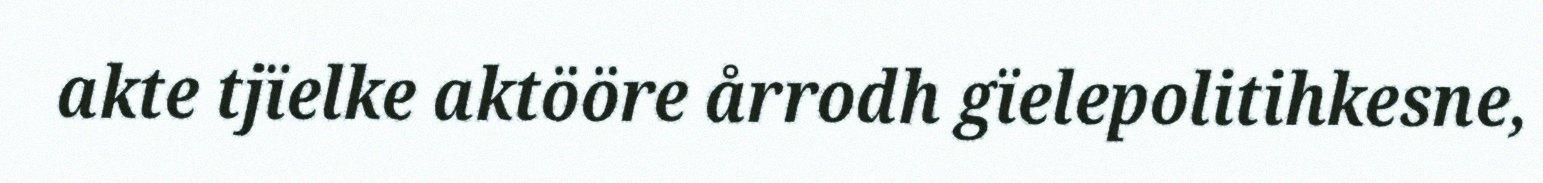
akte tjïelke aktööre årrodh gïelepolitihkesne,